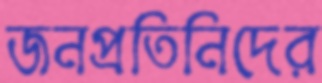
জনপ্রতিনিদের